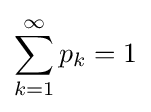
\sum _{k=1}^{\infty }p_{k}=1